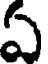
ఏ